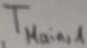
Text: TMain,1